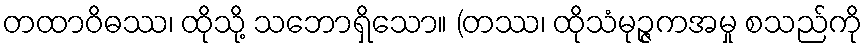
တထာဝိဓဿ၊ ထိုသို့ သဘောရှိသော။ (တဿ၊ ထိုသံမုဉ္ဇကအမှု စသည်ကို